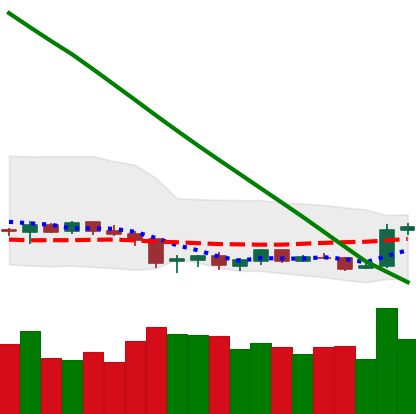
Ticker: NEO-USD
Chart end date: 2019-02-09
Forward return: 3.74%
Label: up_3_5